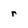
Character: r